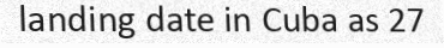
landing date in Cuba as 27